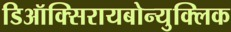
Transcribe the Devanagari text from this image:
डिऑक्सिरायबोन्युक्लिक